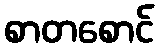
စာတစောင်